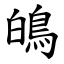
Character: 䳆